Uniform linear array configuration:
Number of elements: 32
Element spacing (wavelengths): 0.25
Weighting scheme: binomial
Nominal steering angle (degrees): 0
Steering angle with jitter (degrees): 1.748
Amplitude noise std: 0.05
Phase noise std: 0.05

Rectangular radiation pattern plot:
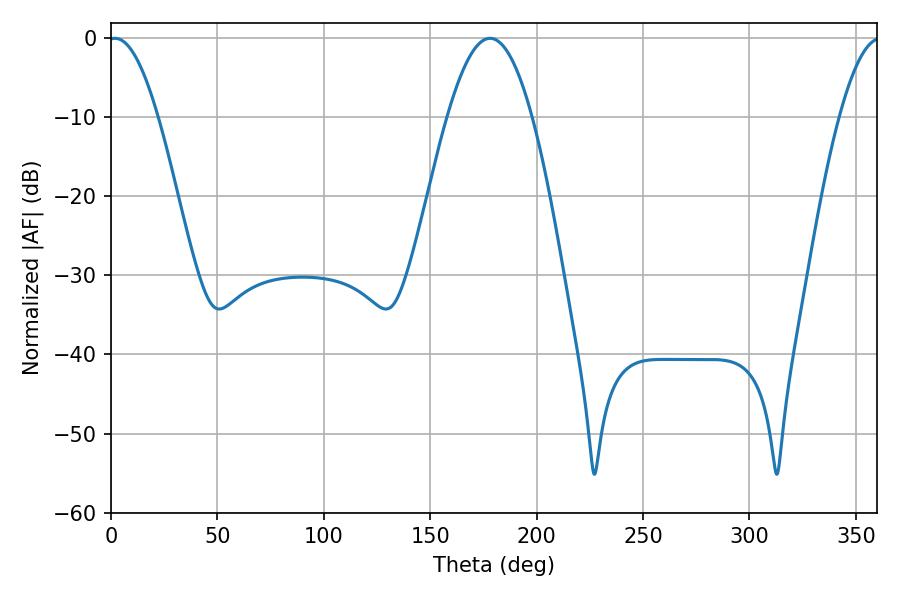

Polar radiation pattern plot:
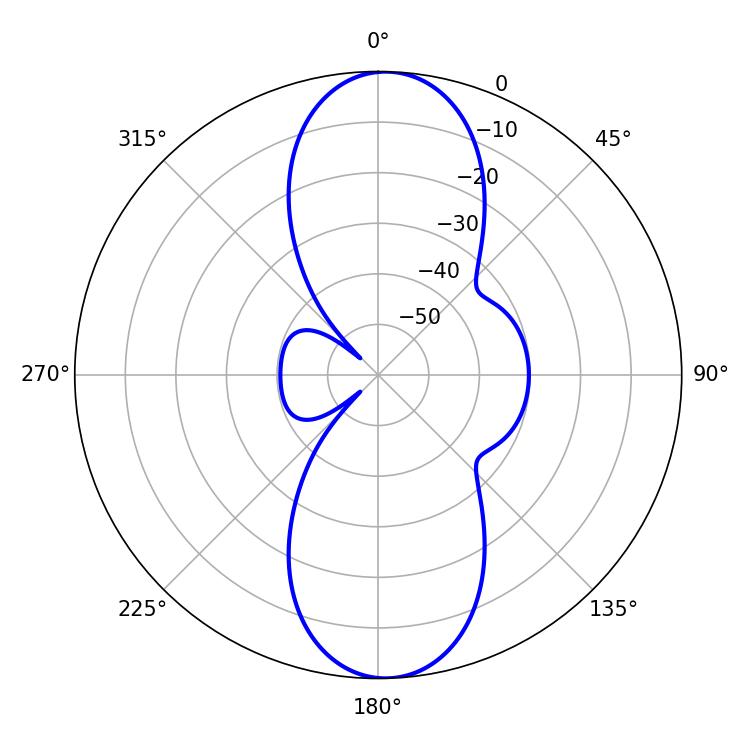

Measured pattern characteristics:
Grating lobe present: FALSE
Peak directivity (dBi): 18.22
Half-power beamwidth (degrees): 21.6
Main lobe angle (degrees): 178.02